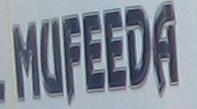
mufeeda